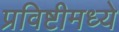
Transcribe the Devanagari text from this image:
प्रविष्टीमध्ये